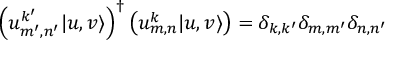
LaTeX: \left( u _ { m ^ { \prime } , n ^ { \prime } } ^ { k ^ { \prime } } | u , v \rangle \right) ^ { \dagger } \left( u _ { m , n } ^ { k } | u , v \rangle \right) = \delta _ { k , k ^ { \prime } } \delta _ { m , m ^ { \prime } } \delta _ { n , n ^ { \prime } }